Report on vaccination in the Province of Bengal - 1874-1889
Year: 1874
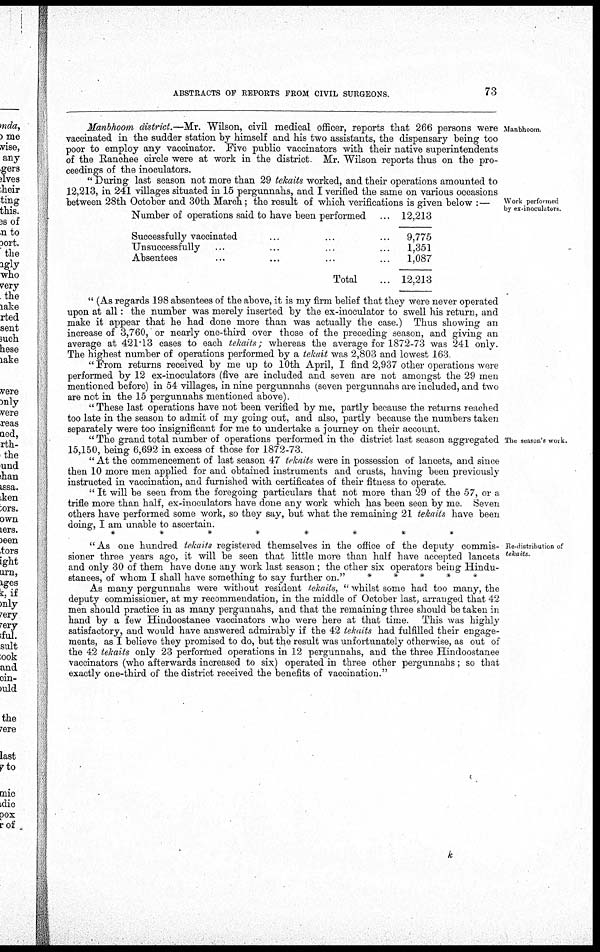
ABSTRACTS OF REPORTS FROM CIVIL SURGEONS.
73
Manbhoom.
Manbhoom district.—Mr. Wilson, civil medical officer, reports that 266 persons were
vaccinated in the sudder station by himself and his two assistants, the dispensary being too
poor to employ any vaccinator. Five public vaccinators with their native superintendents
of the Ranchee circle were at work in the district Mr. "Wilson reports thus on the pro-
ceedings of the inoculators.
"During last season not more than 29 tekaits worked, and their operations amounted to
12,213, in 241 villages situated in 15 pergunnahs, and I verified the same on various occasions
between 28th October and 30th March; the result of which verifications is given below :— Work performed
by ex-inoculators.
Number of operations said to have been performed ...
Successfully vaccinated ... ... ...
Unsuccessfully ... ... ... ...
Absentees ... ... ... ...
Total ...
12,213
9,775
1,351
1,087
12,213
The season's work.
" (As regards 198 absentees of the above, it is my firm belief that they were never operated
upon at all: the number was merely inserted by the ex-inoculator to swell his return, and
make it appear that he had done more than was actually the case.) Thus showing an
increase of 3,760, or nearly one-third over those of the preceding season, and giving an
average at 421.13 cases to each tekaits; whereas the average for 1872-73 was 241 only.
The highest number of operations performed by a tekait was 2,803 and lowest 163
" From returns received by me up to 10th April, I find 2,937 other operations were
performed by 12 ex-inoculators (five are included and seven are not amongst the 29 men
mentioned before) in 54 villages, in nine pergunnahs (seven pergunnahs are included, and two
are not in the 15 pergunnahs mentioned above).
" These last operations have not been verified by me, partly because the returns reached
too late in the season to admit of my going out, and also, partly because the numbers taken
separately were too insignificant for me to undertake a journey on their account.
" The grand total number of operations performed in the district last season aggregated
15,150, being 6,692 in excess of those for 1872-73.
" At the commencement of last season 47 tekaits were in possession of lancets, and since
then 10 more men applied for and obtained instruments and crusts, having been previously
instructed in vaccination, and furnished with certificates of their fitness to operate.
" It will be seen from the foregoing particulars that not more than 29 of the 57, or a
trifle more than half, ex-inoculators have done any work which has been seen by me. Seven
others have performed some work, so they say, but what the remaining 21 tekaits have been
doing, I am unable to ascertain.
*
*
*
*
*
*
*
*
Re-distribution of
tekaits.
"As one hundred tekaits registered themselves in the office of the deputy commis-
sioner three years ago, it will be seen that little more than half have accepted lancets
and only 30 of them have done any work last season; the other six operators being Hindu-
stanees, of whom I shall have something to say further on."
*
*
*
*
*
As many pergunnahs were without resident tekaits, " whilst some had too many, the
deputy commissioner, at my recommendation, in the middle of October last, arranged that 42
men should practice in as many pergunnahs, and that the remaining three should be taken in
hand by a few Hindoostanee vaccinators who were here at that time. This was highly
satisfactory, and would have answered admirably if the 42 tekaits had fulfilled their engage-
ments, as I believe they promised to do, but the result was unfortunately otherwise, as out of
the 42 tekaits only 23 performed operations in 12 pergunnahs, and the three Hindoostanee
vaccinators (who afterwards increased to six) operated in three other pergunnahs; so that
exactly one-third of the district received the benefits of vaccination."